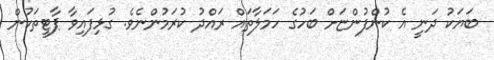
ބަޔަކު ދަނީ އެ ކުންފުންޏަށް ބަހުގެ ހަމަލާތައް ރައްދު ކުރަމުންނެވެ. ގުޅިފައިވާ ޕާޓީތަކުން